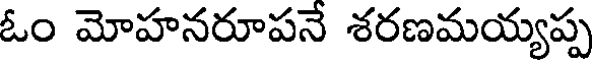
ఓం మోహనరూపనే శరణమయ్యప్ప